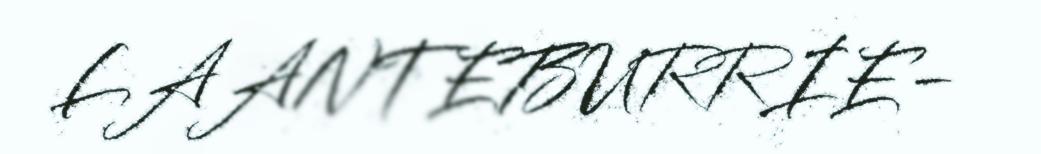
LAANTEBURRIE-